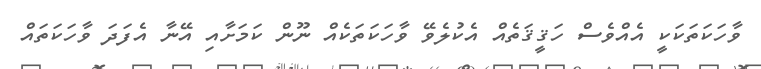
ވާހަކަތަކަކީ އެއްވެސް ހަޤީޤަތެއް އެކުލެވޭ ވާހަކަތަކެއް ނޫން ކަމަށާއި އޭނާ އެފަދަ ވާހަކަތައް